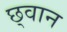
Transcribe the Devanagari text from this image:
छ्वान